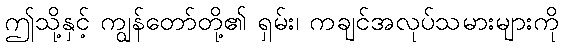
ဤသို့နှင့် ကျွန်တော်တို့၏ ရှမ်း၊ ကချင်အလုပ်သမားများကို